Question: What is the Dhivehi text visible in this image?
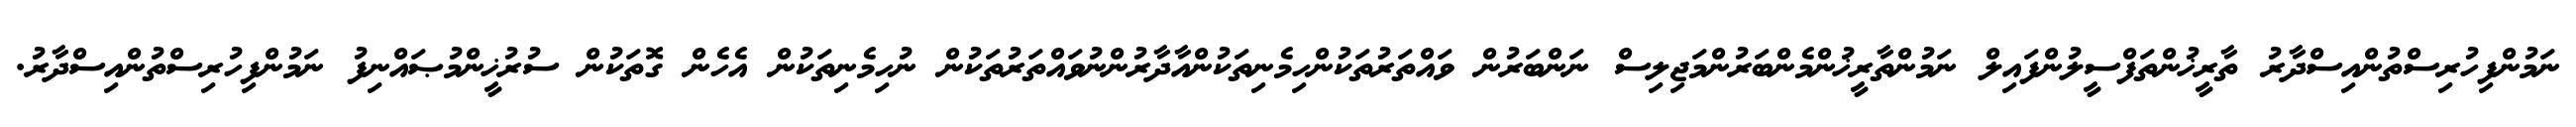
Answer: ނަމުންފިހުރިސްތުންއިސްދާރު ތާރީޚުންތަފްސީލުންފައިލް ނަމުންތާރީޚުންމެންބަރުންމަޖިލިސް ނަންބަރުން ވައްތަރުތަކުންހިމެނިތަކުންއާދާރުންނުވައްތަރުތަކުން ނުހިމެނިތަކުން އެހެން ގޮތަކުން ސުރުޚީންމުޞައްނިފު ނަމުންފިހުރިސްތުންއިސްދާރު.